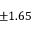
\pm 1 . 6 5